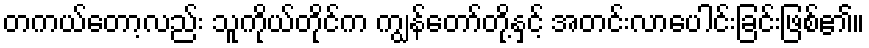
တကယ်တော့လည်း သူကိုယ်တိုင်က ကျွန်တော်တို့နှင့် အတင်းလာပေါင်းခြင်းဖြစ်၏။